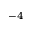
^ { - 4 }